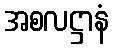
အစလဋ္ဌာနံ